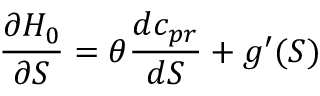
\frac { \partial { \cal H } _ { 0 } } { \partial S } = \theta \frac { d c _ { p r } } { d S } + g ^ { \prime } ( S )